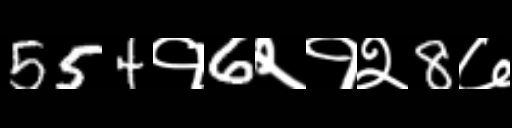
Text: 554१6२१२8७